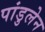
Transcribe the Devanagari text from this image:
पांडुलेन